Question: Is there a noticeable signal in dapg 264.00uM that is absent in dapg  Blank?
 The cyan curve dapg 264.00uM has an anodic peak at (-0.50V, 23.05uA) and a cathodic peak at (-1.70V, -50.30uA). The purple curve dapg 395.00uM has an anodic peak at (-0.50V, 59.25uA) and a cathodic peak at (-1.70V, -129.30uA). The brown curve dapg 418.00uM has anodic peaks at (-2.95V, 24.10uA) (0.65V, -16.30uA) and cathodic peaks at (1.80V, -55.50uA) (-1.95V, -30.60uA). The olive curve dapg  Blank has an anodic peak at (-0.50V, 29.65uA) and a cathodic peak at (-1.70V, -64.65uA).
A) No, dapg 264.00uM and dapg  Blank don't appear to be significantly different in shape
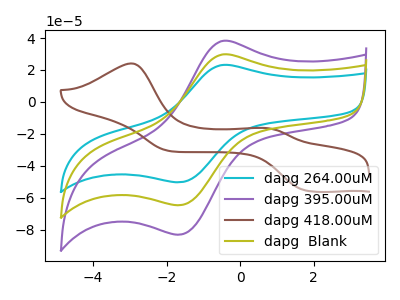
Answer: <think>All the peaks in "dapg 264.00uM" have a peak in "dapg  Blank" at the same potential. Every peak in "dapg 264.00uM" is lower than every peak in "dapg  Blank".
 </think>
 <answer>A) No, "dapg 264.00uM" and "dapg  Blank" don't appear to be significantly different in shape</answer>
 <eval>A</eval>